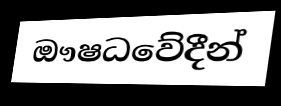
ඖෂධවේදීන්